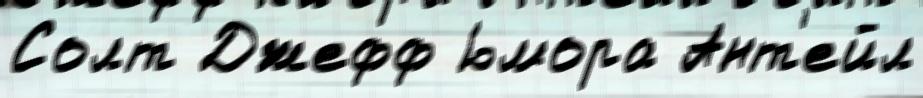
Солт Джефф ю́мора Ант'ейл